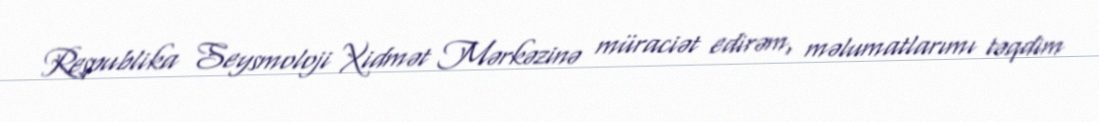
Respublika Seysmoloji Xidmət Mərkəzinə müraciət edirəm, məlumatlarımı təqdim